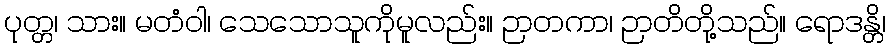
ပုတ္တ၊ သား။ မတံဝါ၊ သေသောသူကိုမူလည်း။ ဉာတကာ၊ ဉာတိတို့သည်။ ရောဒန္တိ၊